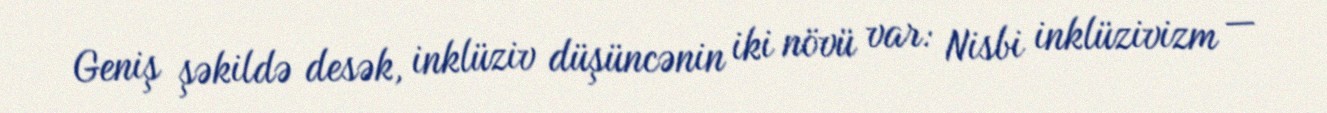
Geniş şəkildə desək, inklüziv düşüncənin iki növü var: Nisbi inklüzivizm —